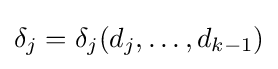
\delta _{j}=\delta _{j}(d_{j},\ldots ,d_{k-1})